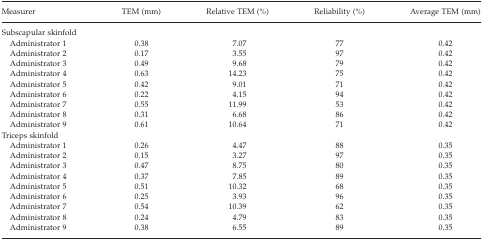
| Measurer | TEM (mm) | Relative TEM (%) | Reliability (%) | Average TEM (mm) |
 | --- | --- | --- | --- | --- |
 | Subscapular skinfold |  |  |  |  |
 | Administrator 1 | 0.38 | 7.07 | 77 | 0.42 |
 | Administrator 2 | 0.17 | 3.55 | 97 | 0.42 |
 | Administrator 3 | 0.49 | 9.68 | 79 | 0.42 |
 | Administrator 4 | 0.63 | 14.23 | 75 | 0.42 |
 | Administrator 5 | 0.42 | 9.01 | 71 | 0.42 |
 | Administrator 6 | 0.22 | 4.15 | 94 | 0.42 |
 | Administrator 7 | 0.55 | 11.99 | 53 | 0.42 |
 | Administrator 8 | 0.31 | 6.68 | 86 | 0.42 |
 | Administrator 9 | 0.61 | 10.64 | 71 | 0.42 |
 | Triceps skinfold |  |  |  |  |
 | Administrator 1 | 0.26 | 4.47 | 88 | 0.35 |
 | Administrator 2 | 0.15 | 3.27 | 97 | 0.35 |
 | Administrator 3 | 0.47 | 8.75 | 80 | 0.35 |
 | Administrator 4 | 0.37 | 7.85 | 89 | 0.35 |
 | Administrator 5 | 0.51 | 10.32 | 68 | 0.35 |
 | Administrator 6 | 0.25 | 3.93 | 96 | 0.35 |
 | Administrator 7 | 0.54 | 10.39 | 62 | 0.35 |
 | Administrator 8 | 0.24 | 4.79 | 83 | 0.35 |
 | Administrator 9 | 0.38 | 6.55 | 89 | 0.35 |